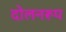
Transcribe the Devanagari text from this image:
दोलनरूप